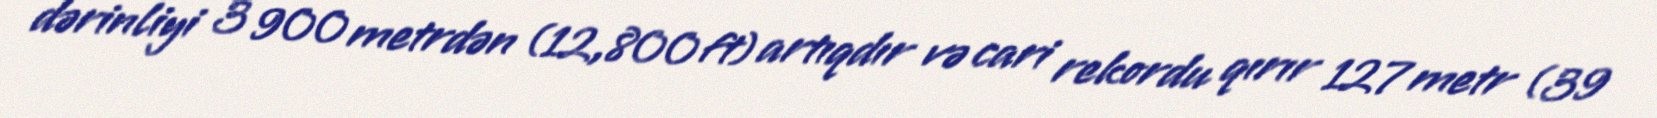
dərinliyi 3 900 metrdən (12,800 ft) artıqdır və cari rekordu qırır 127 metr (39